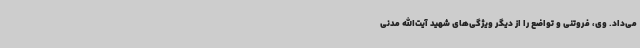
می‌داد. وی، فروتنی و تواضع را از دیگر ویژگی‌های شهید آیت‌الله مدنی